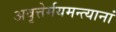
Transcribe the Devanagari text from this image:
अवृत्तेर्मयमन्त्यानां